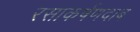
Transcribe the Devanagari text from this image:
रसाकर्षणदाब